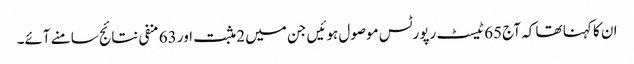
ان کا کہنا تھا کہ آج 65 ٹیسٹ رپورٹس موصول ہوئیں جن میں 2 مثبت اور 63 منفی نتائج سامنے آئے۔